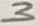
Text: 3